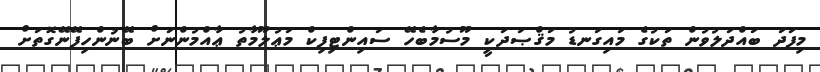
މިފަދަ ބައްދަލުވުން ތަކުގެ މައިގަނޑު މަޤްޞަދަކީ މޫސުމާބެހޭ ސައިންޓިފިކް މަޢުލޫމާތު ޢާއްމުންނަށް ބޭނުންހިފޭނޭގޮތަށް